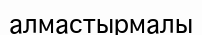
алмастырмалы